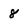
Character: 8